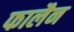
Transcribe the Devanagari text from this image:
फालैन